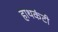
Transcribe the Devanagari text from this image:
हाथकंटी